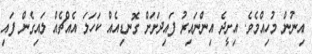
އިނުން މުހިއްމެވެ. އިށީދެ އިންނައިރު ފައިދަށަށް ގޮނޑިއެއް ކަހަލަ އެއްޗެއް ލައިގެން ފައި